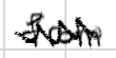
Text: from
Cross-out: mix
Writing tool: digital_black